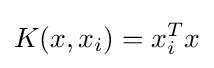
K(x,x_{i})=x_{i}^{T}x